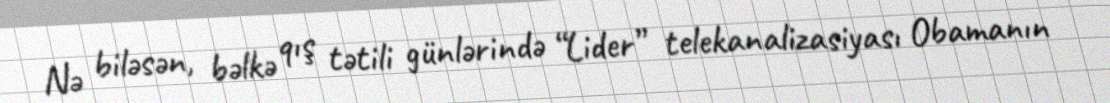
Nə biləsən, bəlkə qış tətili günlərində “Lider” telekanalizasiyası Obamanın